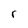
Character: r